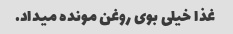
غذا خیلی بوى روغن مونده میداد.